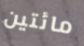
مائتين